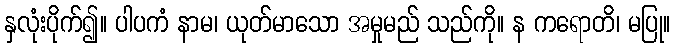
နှလုံးပိုက်၍။ ပါပကံ နာမ၊ ယုတ်မာသော အမှုမည် သည်ကို။ န ကရောတိ၊ မပြု။